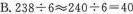
B.$$2 3 8 \div 6 ≈ 2 4 0 ÷ 6 = 4 0$$